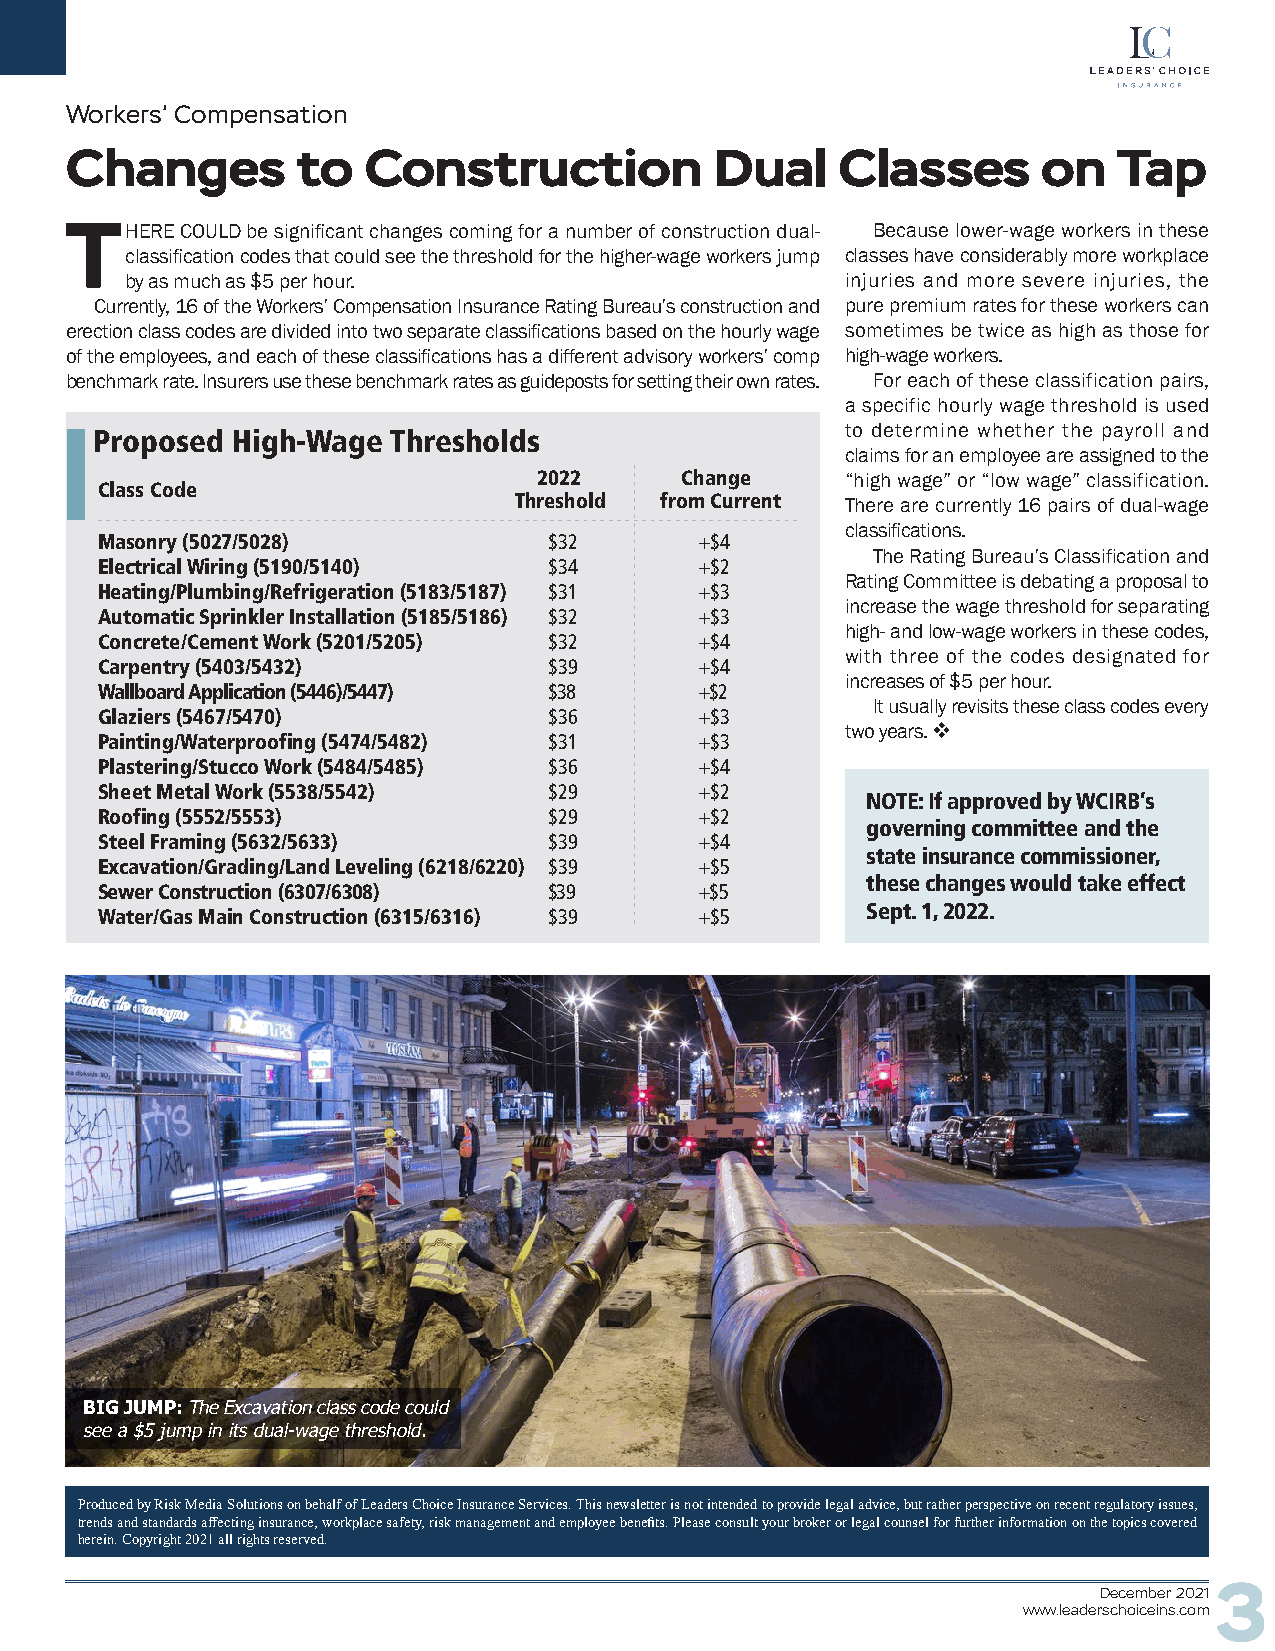
Workers’ Compensation
 Changes         to  Construction           Dual    Classes       on   Tap
 THERE   COULD be significant changes coming for a number of construction dual- Because lower-wage workers in these
 classification codes that could see the threshold for the higher-wage workers jump classes have considerably more workplace
 by as much as $5 per hour.                      injuries and more severe injuries, the
 Currently, 16 of the Workers’ Compensation Insurance Rating Bureau’s construction and pure premium rates for these workers can
 erection class codes are divided into two separate classifications based on the hourly wage sometimes be twice as high as those for
 of the employees, and each of these classifications has a different advisory workers’ comp high-wage workers.
 benchmark rate. Insurers use these benchmark rates as guideposts for setting their own rates. For each of these classification pairs,
 a specific hourly wage threshold is used
 Proposed High-Wage  Thresholds                    to determine whether the payroll and
 claims for an employee are assigned to the
 2022     Change     “high wage” or “low wage” classification.
 Class Code
 Threshold from Current
 There are currently 16 pairs of dual-wage
 classifications.
 Masonry (5027/5028)           $32       +$4
 The Rating Bureau’s Classification and
 Electrical Wiring (5190/5140) $34       +$2
 Rating Committee is debating a proposal to
 Heating/Plumbing/Refrigeration (5183/5187) $31 +$3
 increase the wage threshold for separating
 Automatic Sprinkler Installation (5185/5186) $32 +$3
 high- and low-wage workers in these codes,
 Concrete/Cement Work (5201/5205) $32    +$4
 with three of the codes designated for
 Carpentry (5403/5432)         $39       +$4
 increases of $5 per hour.
 Wallboard Application (5446)/5447) $38  +$2
 It usually revisits these class codes every
 Glaziers (5467/5470)          $36       +$3
 two years. v
 Painting/Waterproofing (5474/5482) $31  +$3
 Plastering/Stucco Work (5484/5485) $36  +$4
 Sheet Metal Work (5538/5542)  $29       +$2
 NOTE: If approved by WCIRB’s
 Roofing (5552/5553)           $29       +$2
 governing committee and the
 Steel Framing (5632/5633)     $39       +$4
 state insurance commissioner,
 Excavation/Grading/Land Leveling (6218/6220) $39 +$5
 these changes would take effect
 Sewer Construction (6307/6308) $39      +$5
 Sept. 1, 2022.
 Water/Gas Main Construction (6315/6316) $39 +$5
 BIG JUMP: The Excavation class code could
 see a $5 jump in its dual-wage threshold.
 Produced by Risk Media Solutions on behalf of Leaders Choice Insurance Services. This newsletter is not intended to provide legal advice, but rather perspective on recent regulatory issues,
 trends and standards affecting insurance, workplace safety, risk management and employee benefits. Please consult your broker or legal counsel for further information on the topics covered
 herein. Copyright 2021 all rights reserved.
 December 20213
 www.leaderschoiceins.com